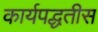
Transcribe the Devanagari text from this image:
कार्यपद्धतीस